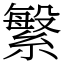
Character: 䌓